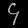
Digit: ၄